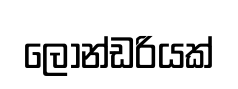
ලොන්ඩරියක්